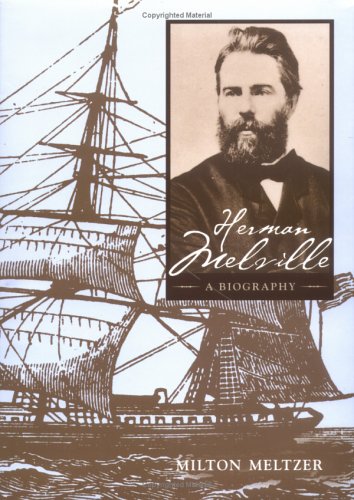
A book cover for Herman Melville (Literary Greats); Milton Meltzer; Teen & Young Adult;